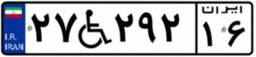
۲۷W۲۹۲۱۶